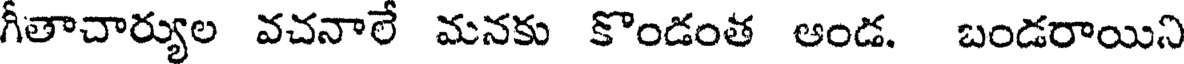
గీతాచార్యుల వచనాలే మనకు కొండంత ఆండ. బండరాయిని